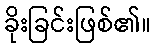
ခိုးခြင်းဖြစ်၏။